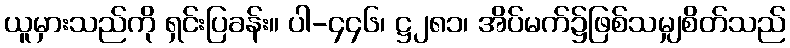
ယူမှားသည်ကို ရှင်းပြခန်း။ ပါ-၄၄၆၊ ဋ္ဌ၂၈၁၊ အိပ်မက်၌ဖြစ်သမျှစိတ်သည်